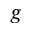
g